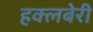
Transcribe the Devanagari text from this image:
हक्लबेरी